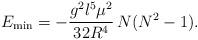
LaTeX: \begin{align*}E_{\rm min}=-\frac{g^{2}l^{5}\mu^{2}}{32R^{4}}\,N(N^{2}-1).\end{align*}